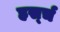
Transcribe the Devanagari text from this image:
हर्स्च